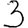
Digit: 3